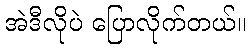
အဲဒီလိုပဲ ပြောလိုက်တယ်။